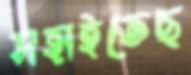
সহাইতেছ